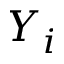
Y _ { i }